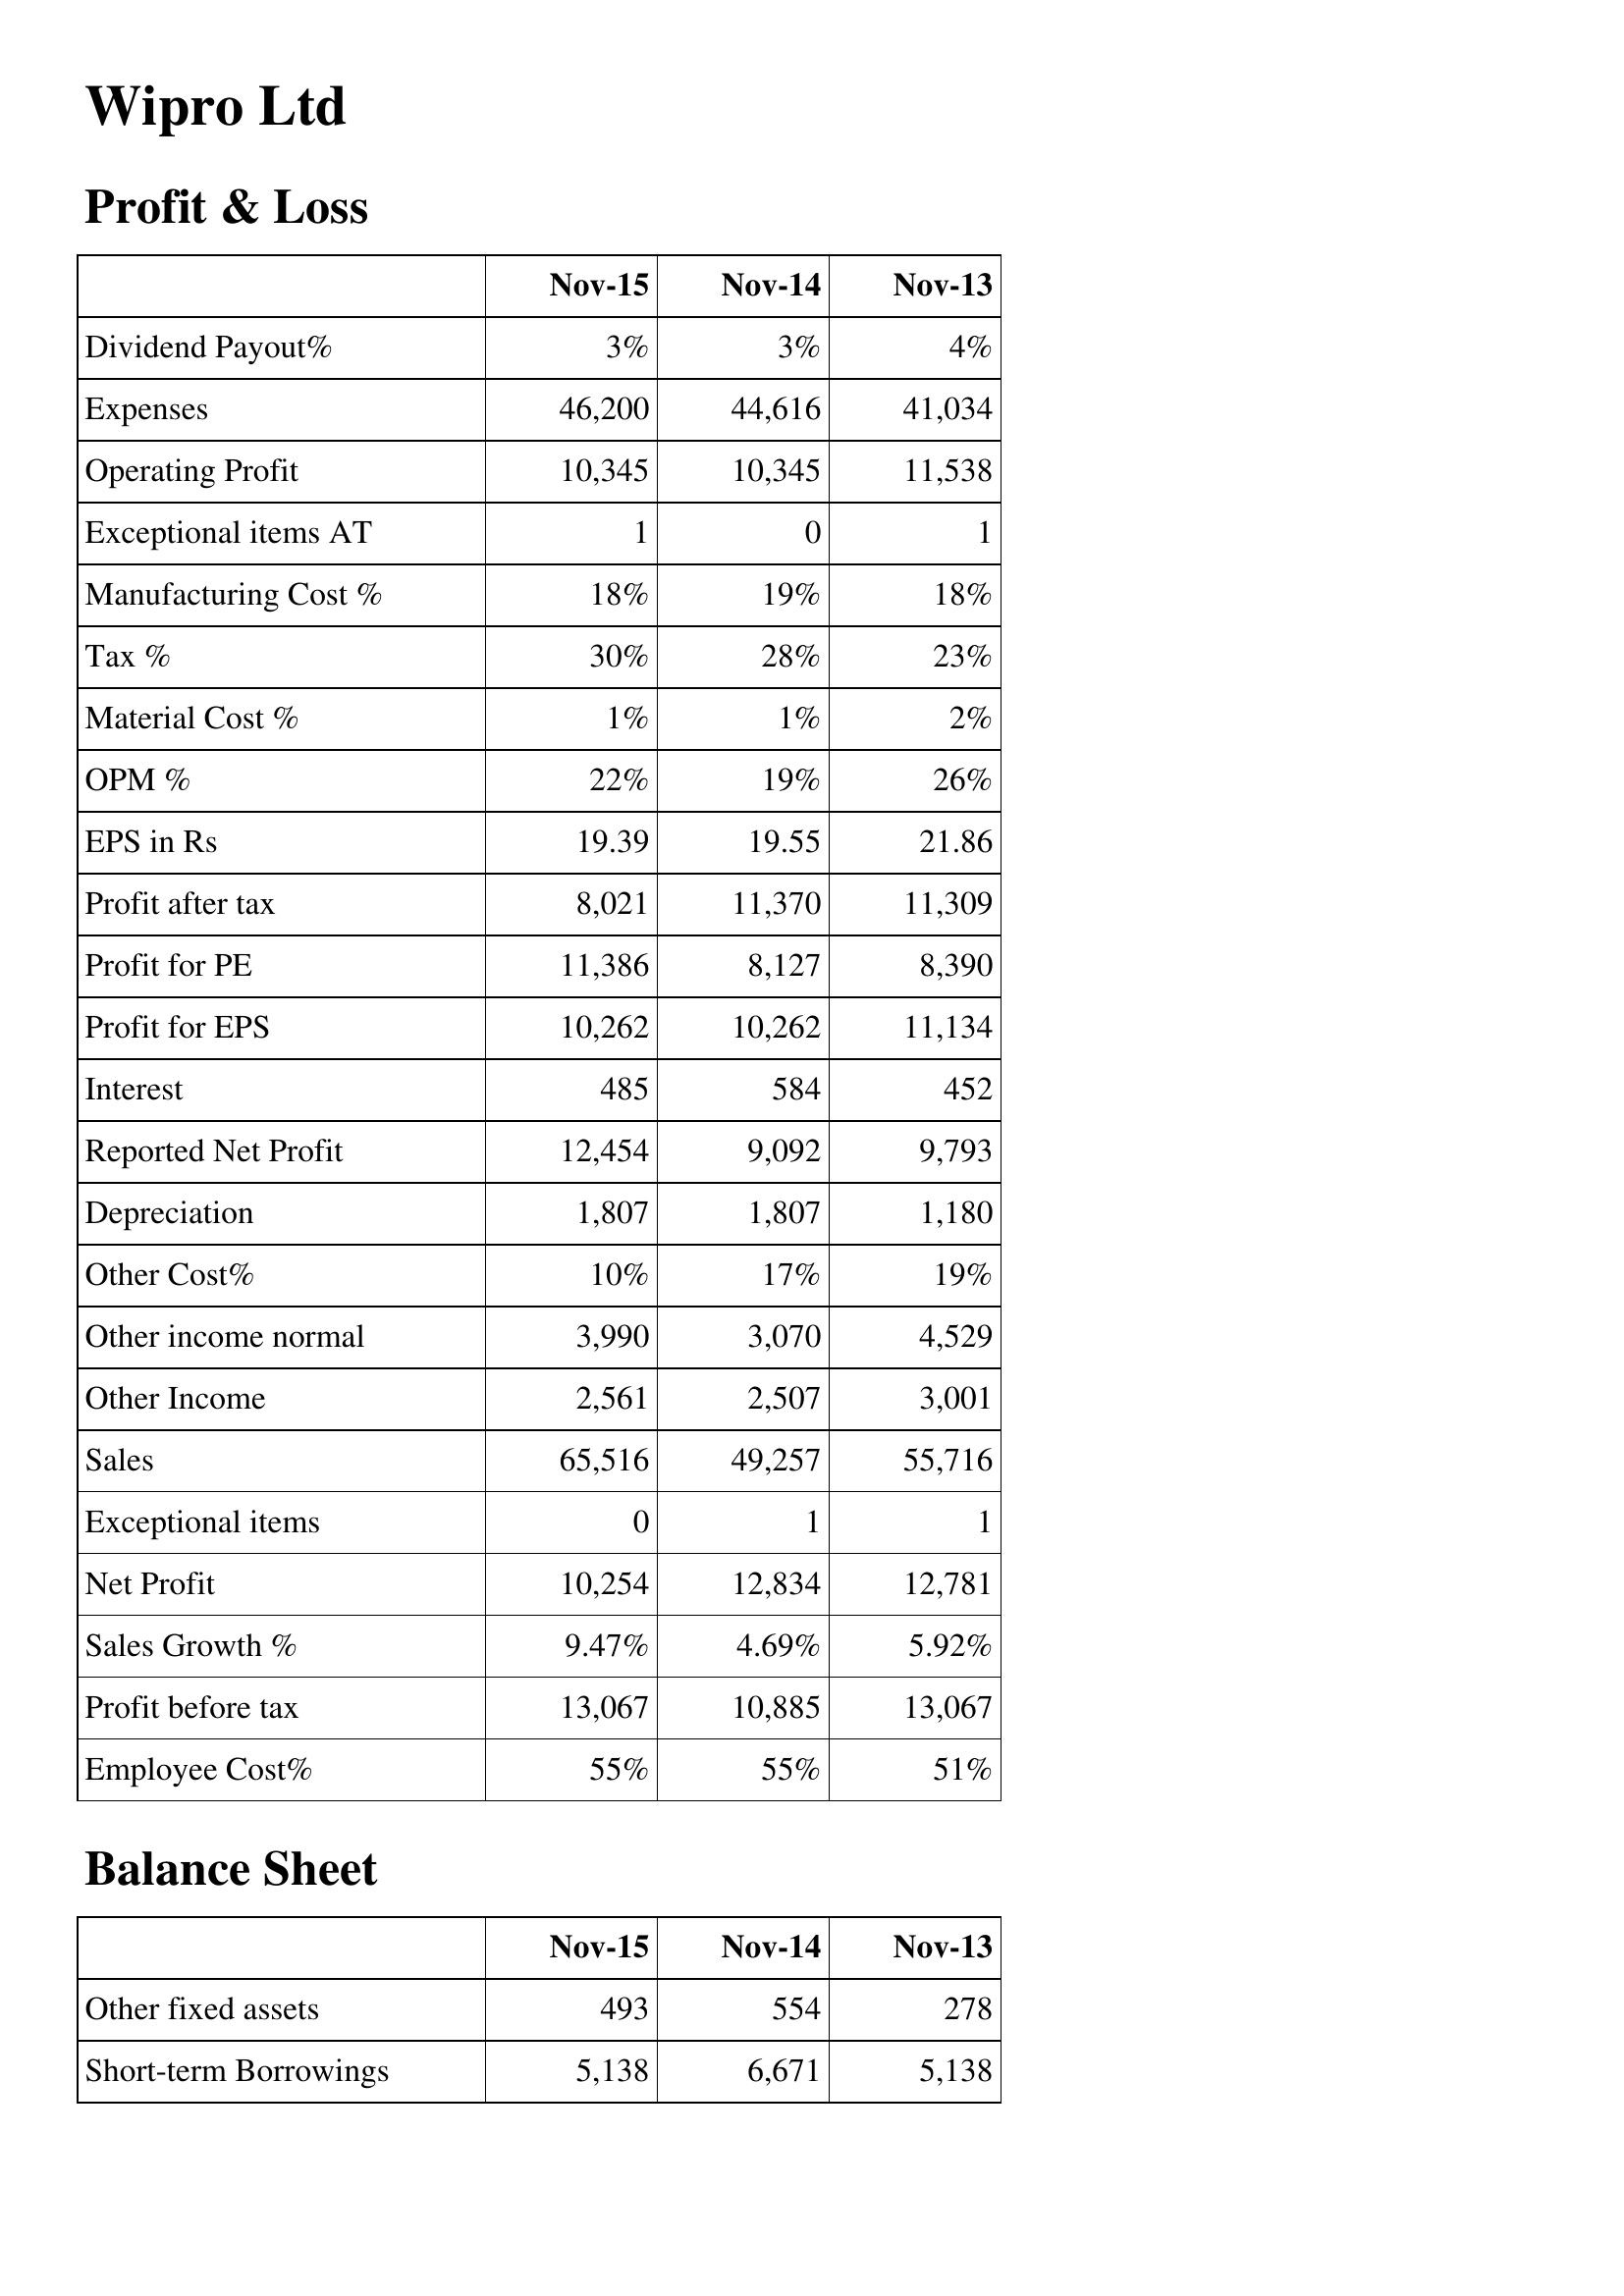
Nov-15: Profit & Loss: Dividend Payout%: 3%
Expenses: 46,200
Operating Profit: 10,345
Exceptional items AT: 1
Manufacturing Cost %: 18%
Tax %: 30%
Material Cost %: 1%
OPM %: 22%
EPS in Rs: 19.39
Profit after tax: 8,021
Profit for PE: 11,386
Profit for EPS: 10,262
Interest: 485
Reported Net Profit: 12,454
Depreciation: 1,807
Other Cost%: 10%
Other income normal: 3,990
Other Income: 2,561
Sales: 65,516
Exceptional items: 0
Net Profit: 10,254
Sales Growth %: 9.47%
Profit before tax: 13,067
Employee Cost%: 55%
Balance Sheet: Other fixed assets: 493
Short-term Borrowings: 5,138
Nov-14: Profit & Loss: Dividend Payout%: 3%
Expenses: 44,616
Operating Profit: 10,345
Exceptional items AT: 0
Manufacturing Cost %: 19%
Tax %: 28%
Material Cost %: 1%
OPM %: 19%
EPS in Rs: 19.55
Profit after tax: 11,370
Profit for PE: 8,127
Profit for EPS: 10,262
Interest: 584
Reported Net Profit: 9,092
Depreciation: 1,807
Other Cost%: 17%
Other income normal: 3,070
Other Income: 2,507
Sales: 49,257
Exceptional items: 1
Net Profit: 12,834
Sales Growth %: 4.69%
Profit before tax: 10,885
Employee Cost%: 55%
Balance Sheet: Other fixed assets: 554
Short-term Borrowings: 6,671
Nov-13: Profit & Loss: Dividend Payout%: 4%
Expenses: 41,034
Operating Profit: 11,538
Exceptional items AT: 1
Manufacturing Cost %: 18%
Tax %: 23%
Material Cost %: 2%
OPM %: 26%
EPS in Rs: 21.86
Profit after tax: 11,309
Profit for PE: 8,390
Profit for EPS: 11,134
Interest: 452
Reported Net Profit: 9,793
Depreciation: 1,180
Other Cost%: 19%
Other income normal: 4,529
Other Income: 3,001
Sales: 55,716
Exceptional items: 1
Net Profit: 12,781
Sales Growth %: 5.92%
Profit before tax: 13,067
Employee Cost%: 51%
Balance Sheet: Other fixed assets: 278
Short-term Borrowings: 5,138